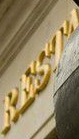
RESTA